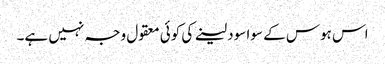
اس ہوس کے سوا سود لینے کی کوئی معقول وجہ نہیں ہے۔